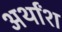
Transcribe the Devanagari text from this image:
अर्थांश